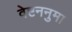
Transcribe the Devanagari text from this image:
वेष्टननुमा